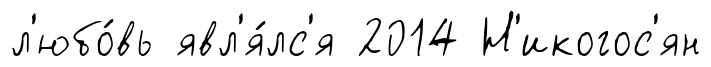
л'юбо́вь явл'я́лс'я 2014 Н'икогос'ян